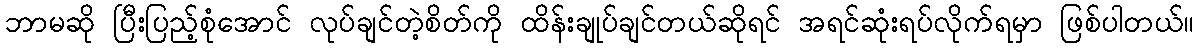
ဘာမဆို ပြီးပြည့်စုံအောင် လုပ်ချင်တဲ့စိတ်ကို ထိန်းချုပ်ချင်တယ်ဆိုရင် အရင်ဆုံးရပ်လိုက်ရမှာ ဖြစ်ပါတယ်။